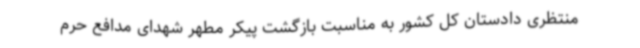
منتظری دادستان کل کشور به مناسبت بازگشت پیکر مطهر شهدای مدافع حرم